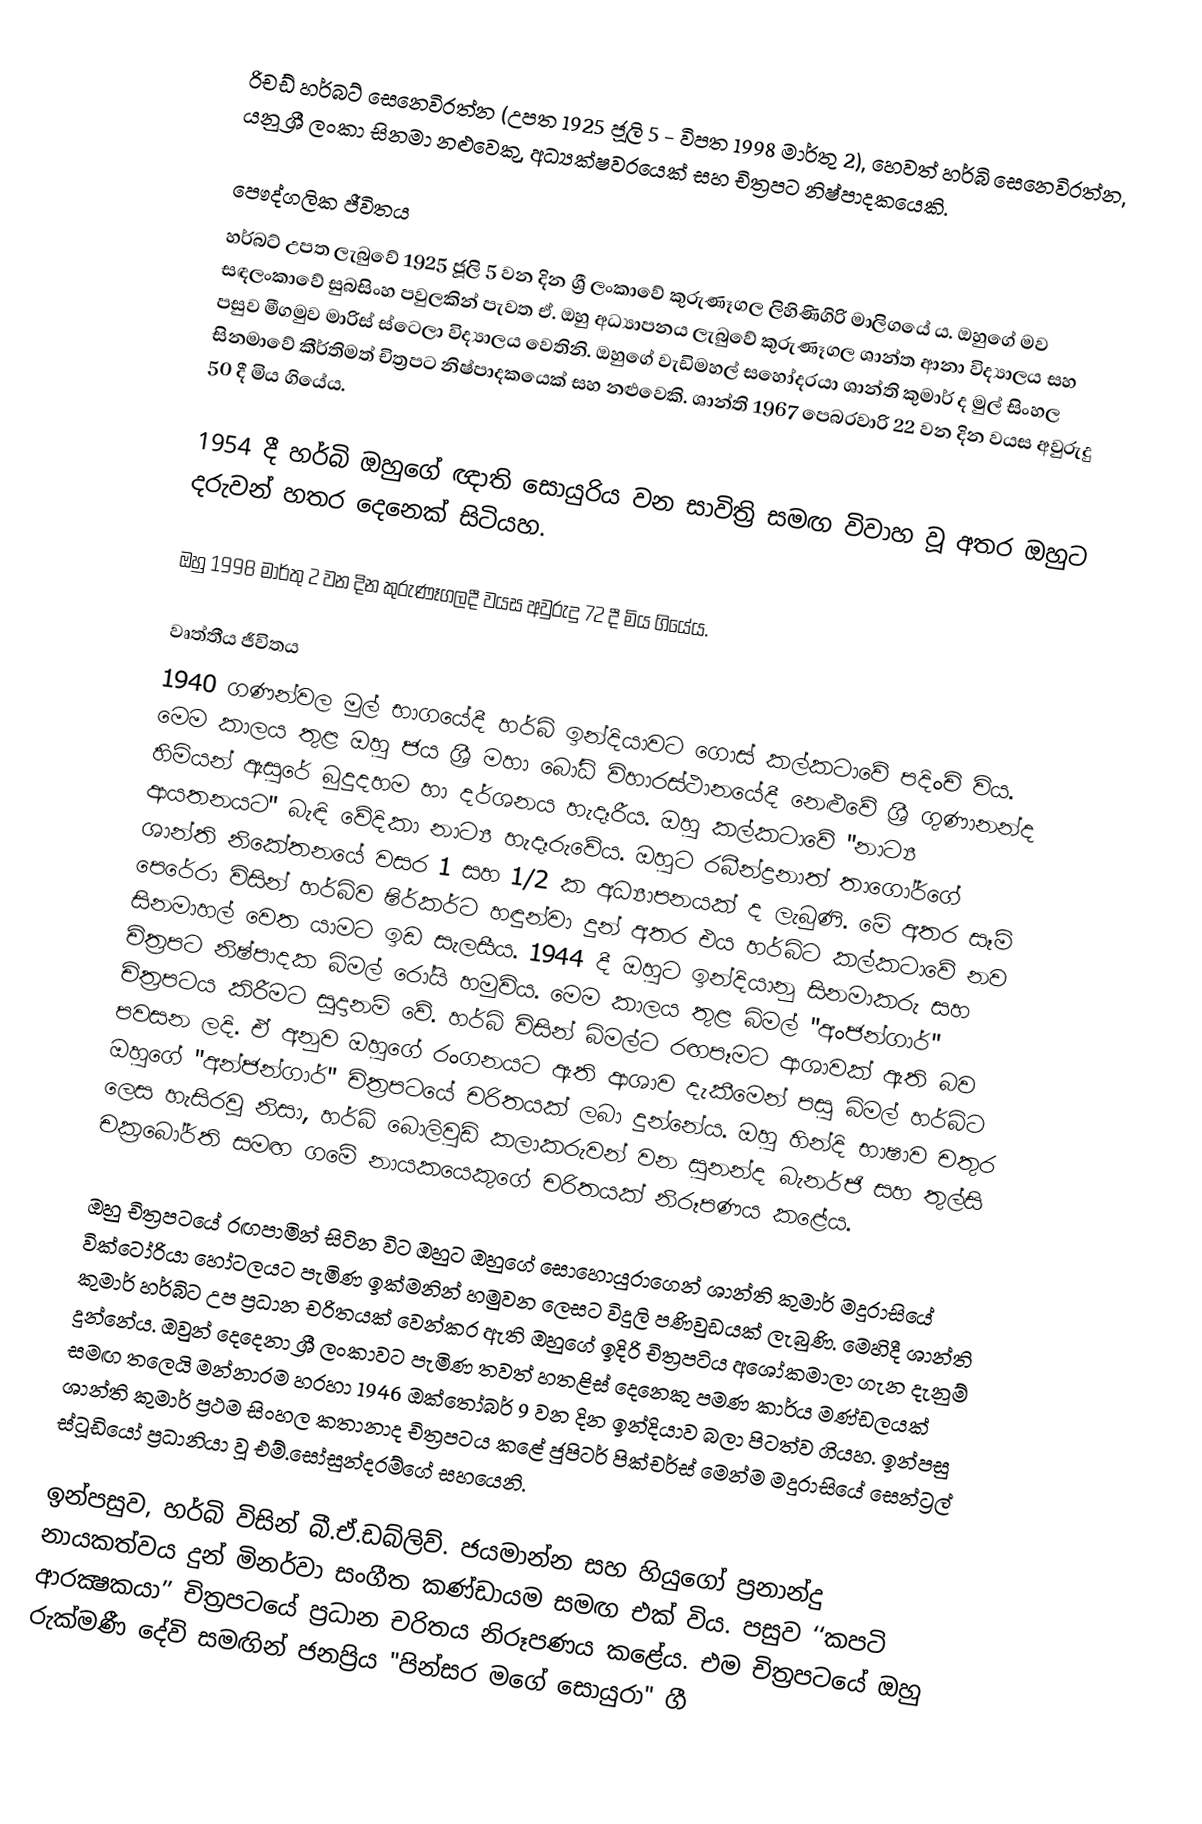
රිචඩ් හර්බට් සෙනෙවිරත්න (උපත 1925 ජූලි 5 - විපත 1998 මාර්තු 2), හෙවත් හර්බි සෙනෙවිරත්න, යනු ශ්‍රී ලංකා සිනමා නළුවෙකු, අධ්‍යක්ෂවරයෙක් සහ චිත්‍රපට නිෂ්පාදකයෙකි.

පෞද්ගලික ජීවිතය
හර්බට් උපත ලැබුවේ 1925 ජූලි 5 වන දින ශ්‍රී ලංකාවේ කුරුණෑගල ලිහිණිගිරි මාලිගයේ ය. ඔහුගේ මව සඳලංකාවේ සුබසිංහ පවුලකින් පැවත ඒ. ඔහු අධ්‍යාපනය ලැබුවේ කුරුණෑගල ශාන්ත ආනා විද්‍යාලය සහ පසුව මීගමුව මාරිස් ස්ටෙලා විද්‍යාලය වෙතිනි. ඔහුගේ වැඩිමහල් සහෝදරයා ශාන්ති කුමාර් ද මුල් සිංහල සිනමාවේ කීර්තිමත් චිත්‍රපට නිෂ්පාදකයෙක් සහ නළුවෙකි. ශාන්ති 1967 පෙබරවාරි 22 වන දින වයස අවුරුදු 50 දී මිය ගියේය.

1954 දී හර්බි ඔහුගේ ඥාති සොයුරිය වන සාවිත්‍රි සමඟ විවාහ වූ අතර ඔහුට දරුවන් හතර දෙනෙක් සිටියහ.

ඔහු 1998 මාර්තු 2 වන දින කුරුණෑගලදී වයස අවුරුදු 72 දී මිය ගියේය.

වෘත්තීය ජීවිතය
1940 ගණන්වල මුල් භාගයේදී හර්බි ඉන්දියාවට ගොස් කල්කටාවේ පදිංචි විය. මෙම කාලය තුළ ඔහු ජය ශ්‍රී මහා බෝධි විහාරස්ථානයේදී නෙළුවේ ශ්‍රී ගුණානන්ද හිමියන් ඇසුරේ බුදුදහම හා දර්ශනය හැදෑරීය. ඔහු කල්කටාවේ "නාට්‍ය ආයතනයට" බැඳි වේදිකා නාට්‍ය හැදෑරුවේය. ඔහුට රබීන්ද්‍රනාත් තාගෝර්ගේ ශාන්ති නිකේතනයේ වසර 1 සහ 1/2 ක අධ්‍යාපනයක් ද ලැබුණි. මේ අතර සෑම් පෙරේරා විසින් හර්බිව ෂිර්කර්ට හඳුන්වා දුන් අතර එය හර්බිට කල්කටාවේ නව සිනමාහල් වෙත යාමට ඉඩ සැලසීය. 1944 දී ඔහුට ඉන්දියානු සිනමාකරු සහ චිත්‍රපට නිෂ්පාදක බිමල් රෝයි හමුවිය. මෙම කාලය තුළ බිමල් "අංජන්ගාර්" චිත්‍රපටය කිරීමට සූදානම් වේ. හර්බි විසින් බිමල්ට රඟපෑමට ආශාවක් ඇති බව පවසන ලදි. ඒ අනුව ඔහුගේ රංගනයට ඇති ආශාව දැකීමෙන් පසු බිමල් හර්බිට ඔහුගේ "අන්ජන්ගාර්" චිත්‍රපටයේ චරිතයක් ලබා දුන්නේය. ඔහු හින්දි භාෂාව චතුර ලෙස හැසිරවූ නිසා, හර්බි බොලිවුඩ් කලාකරුවන් වන සුනන්ද බැනර්ජි සහ තුල්සි චක්‍රබෝර්ති සමඟ ගමේ නායකයෙකුගේ චරිතයක් නිරූපණය කළේය.

ඔහු චිත්‍රපටයේ රඟපාමින් සිටින විට ඔහුට ඔහුගේ සොහොයුරාගෙන් ශාන්ති කුමාර් මදුරාසියේ වික්ටෝරියා හෝටලයට පැමිණ ඉක්මනින් හමුවන ලෙසට විදුලි පණිවුඩයක් ලැබුණි. මෙහිදී ශාන්ති කුමාර් හර්බිට උප ප්‍රධාන චරිතයක් වෙන්කර ඇති ඔහුගේ ඉදිරි චිත්‍රපටිය අශෝකමාලා ගැන දැනුම් දුන්නේය. ඔවුන් දෙදෙනා ශ්‍රී ලංකාවට පැමිණ තවත් හතළිස් දෙනෙකු පමණ කාර්ය මණ්ඩලයක් සමඟ තලෙයි මන්නාරම හරහා 1946 ඔක්තෝබර් 9 වන දින ඉන්දියාව බලා පිටත්ව ගියහ. ඉන්පසු ශාන්ති කුමාර් ප්‍රථම සිංහල කතානාද චිත්‍රපටය කළේ ජුපිටර් පික්චර්ස් මෙන්ම මදුරාසියේ සෙන්ට්‍රල් ස්ටූඩියෝ ප්‍රධානියා වූ එම්.සෝසුන්දරම්ගේ සහයෙනි.

ඉන්පසුව, හර්බි විසින් බී.ඒ.ඩබ්ලිව්. ජයමාන්න සහ හියුගෝ ප්‍රනාන්දු නායකත්වය දුන් මිනර්වා සංගීත කණ්ඩායම සමඟ එක් විය. පසුව ‘‘කපටි ආරක්‍ෂකයා’’ චිත්‍රපටයේ ප්‍රධාන චරිතය නිරූපණය කළේය. එම චිත්‍රපටයේ ඔහු රුක්මණී දේවි සමඟින් ජනප්‍රිය "පින්සර මගේ සොයුරා" ගී